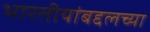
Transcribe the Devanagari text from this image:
भारतीयांबद्दलच्या